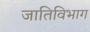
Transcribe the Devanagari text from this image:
जातिविभाग